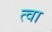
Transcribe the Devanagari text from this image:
त्‍वा